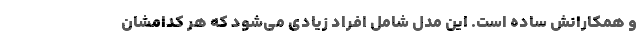
و همکارانش ساده است. این مدل شامل افراد زیادی می‌شود که هر کدامشان